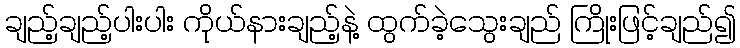
ချည့်ချည့်ပါးပါး ကိုယ်နားချည့်နဲ့ ထွက်ခဲ့သွေးချည် ကြိုးဖြင့်ချည်၍